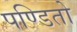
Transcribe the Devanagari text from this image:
पण्डितो